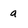
Character: a